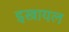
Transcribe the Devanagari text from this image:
इस्त्रायल